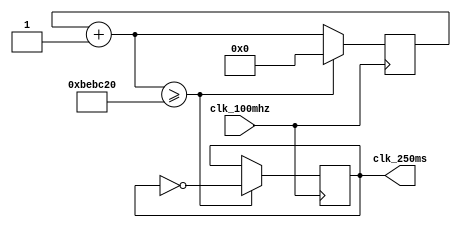
module clk_250ms(
    clk_100mhz,
    clk_250ms
);
    input wire clk_100mhz;
    output reg clk_250ms;

    reg [27:0]counter;

    initial begin
        counter = 0;
        clk_250ms = 0;
    end

    always @(posedge clk_100mhz) begin
        counter = counter + 1;
        if (counter >= 12500000) begin
            clk_250ms = ~clk_250ms;
            counter = 0;
        end
    end

endmodule